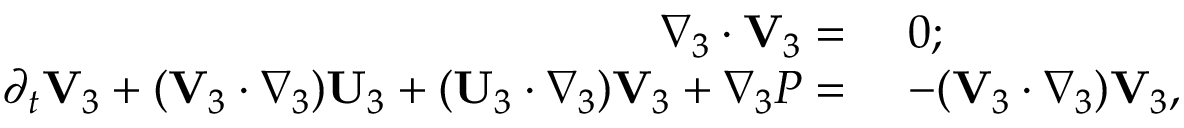
\begin{array} { r l } { \nabla _ { 3 } \cdot \mathbf { V } _ { 3 } = ~ } & { 0 ; } \\ { \partial _ { t } \mathbf { V } _ { 3 } + ( \mathbf { V } _ { 3 } \cdot \nabla _ { 3 } ) \mathbf { U } _ { 3 } + ( \mathbf { U } _ { 3 } \cdot \nabla _ { 3 } ) \mathbf { V } _ { 3 } + \nabla _ { 3 } P = ~ } & { - ( \mathbf { V } _ { 3 } \cdot \nabla _ { 3 } ) \mathbf { V } _ { 3 } , } \end{array}